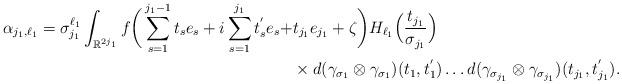
LaTeX: \begin{align*}\alpha_{j_1,\ell_1}=\sigma_{j_1}^{\ell_1}\int_{\mathbb{R}^{2j_1}}f\bigg(\sum_{s=1}^{j_1-1}t_se_s+i\sum_{s=1}^{j_1}t_s^{'}e_s+&t_{j_1}e_{j_1}+\zeta\bigg)H_{\ell_1}\Big(\frac{t_{j_1}}{\sigma_{j_1}}\Big)\\&\times d(\gamma_{\sigma_1}\otimes\gamma_{\sigma_1})(t_1,t_1^{'})\dots d(\gamma_{\sigma_{j_1}}\otimes\gamma_{\sigma_{j_1}})(t_{j_1},t_{j_1}^{'}).\end{align*}